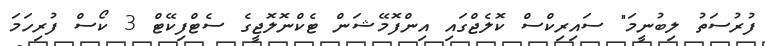
ފުރުސަތު ލިބުނީމަ" ސައިރިކްސް ކޮލެޖްގައި އިންފޮމޭޝަން ޓެކްނޮލޮޖީގެ ސެޓްފިކޭޓް 3 ކޯސް ފުރިހަމަ